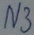
Text: N3